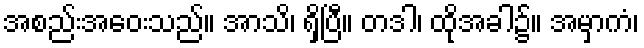
အစည်းအဝေးသည်။ အာသိ၊ ရှိပြီ။ တဒါ၊ ထိုအခါ၌။ အမှာကံ၊